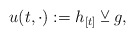
\begin{align*}u(t,\cdot ):=h_{[t]}\veebar g, \end{align*}